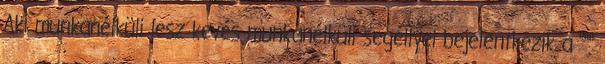
Aki munkanélküli lesz kevés munkanélküli segéllyel bejelentkezik a """